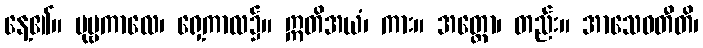
နေ့၏။ ပုဗ္ဗကာလေ၊ ရှေ့ကာလ၌။ ဣတိအယံ၊ ကား။ အတ္ထော၊ တည်း။ အာသေဝတီတိ၊